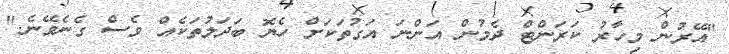
"އޭރުން މިހާރު ކަރަންޓް ދެމުން އަންނަ އަގުތަކަށް ހެޔޮ ބަދަލުތަކެއް ވެސް ގެނެވޭނެ."